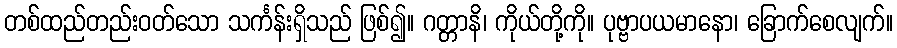
တစ်ထည်တည်းဝတ်သော သင်္ကန်းရှိသည် ဖြစ်၍။ ဂတ္တာနိ၊ ကိုယ်တို့ကို။ ပုဗ္ဗာပယမာနော၊ ခြောက်စေလျက်။